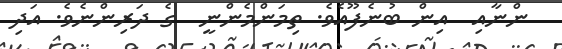
ންނާއި  އިން ބުނެފޫއެވެ. ތިމަންމެންނީ  ގެ ދަރިންނެވެ. އަދި